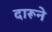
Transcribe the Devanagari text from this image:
दारूने